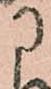
に